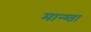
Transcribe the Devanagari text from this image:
मान्य्ता